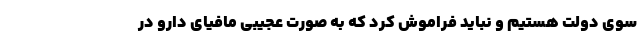
سوی دولت هستیم و نباید فراموش کرد که به صورت عجیبی مافیای دارو در